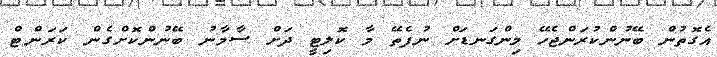
އެގޮތުން ބޭނުންކުރަންޖެހޭ މިންގަނޑަށް ނުފެތޭ މާ ކޮލިޓީ ދަށް ސާމާނު ބޭނުންކޮށްގެން ކަރަންޓް